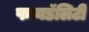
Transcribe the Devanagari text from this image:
फायडॅलिटी